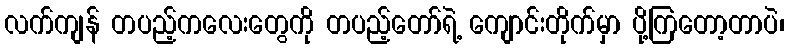
လက်ကျန် တပည့်ကလေးတွေကို တပည့်တော်ရဲ့ ကျောင်းတိုက်မှာ ပို့ကြတော့တာပဲ၊